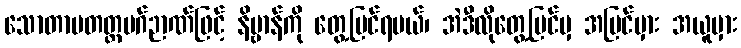
သောတာပတတ္တမဂ်ဉာဏ်ဖြင့် နိဗ္ဗာန်ကို တွေ့မြင်ရမယ်၊ အဲဒီလိုတွေ့မြင်မှ အမြင်မှား အယူမှား